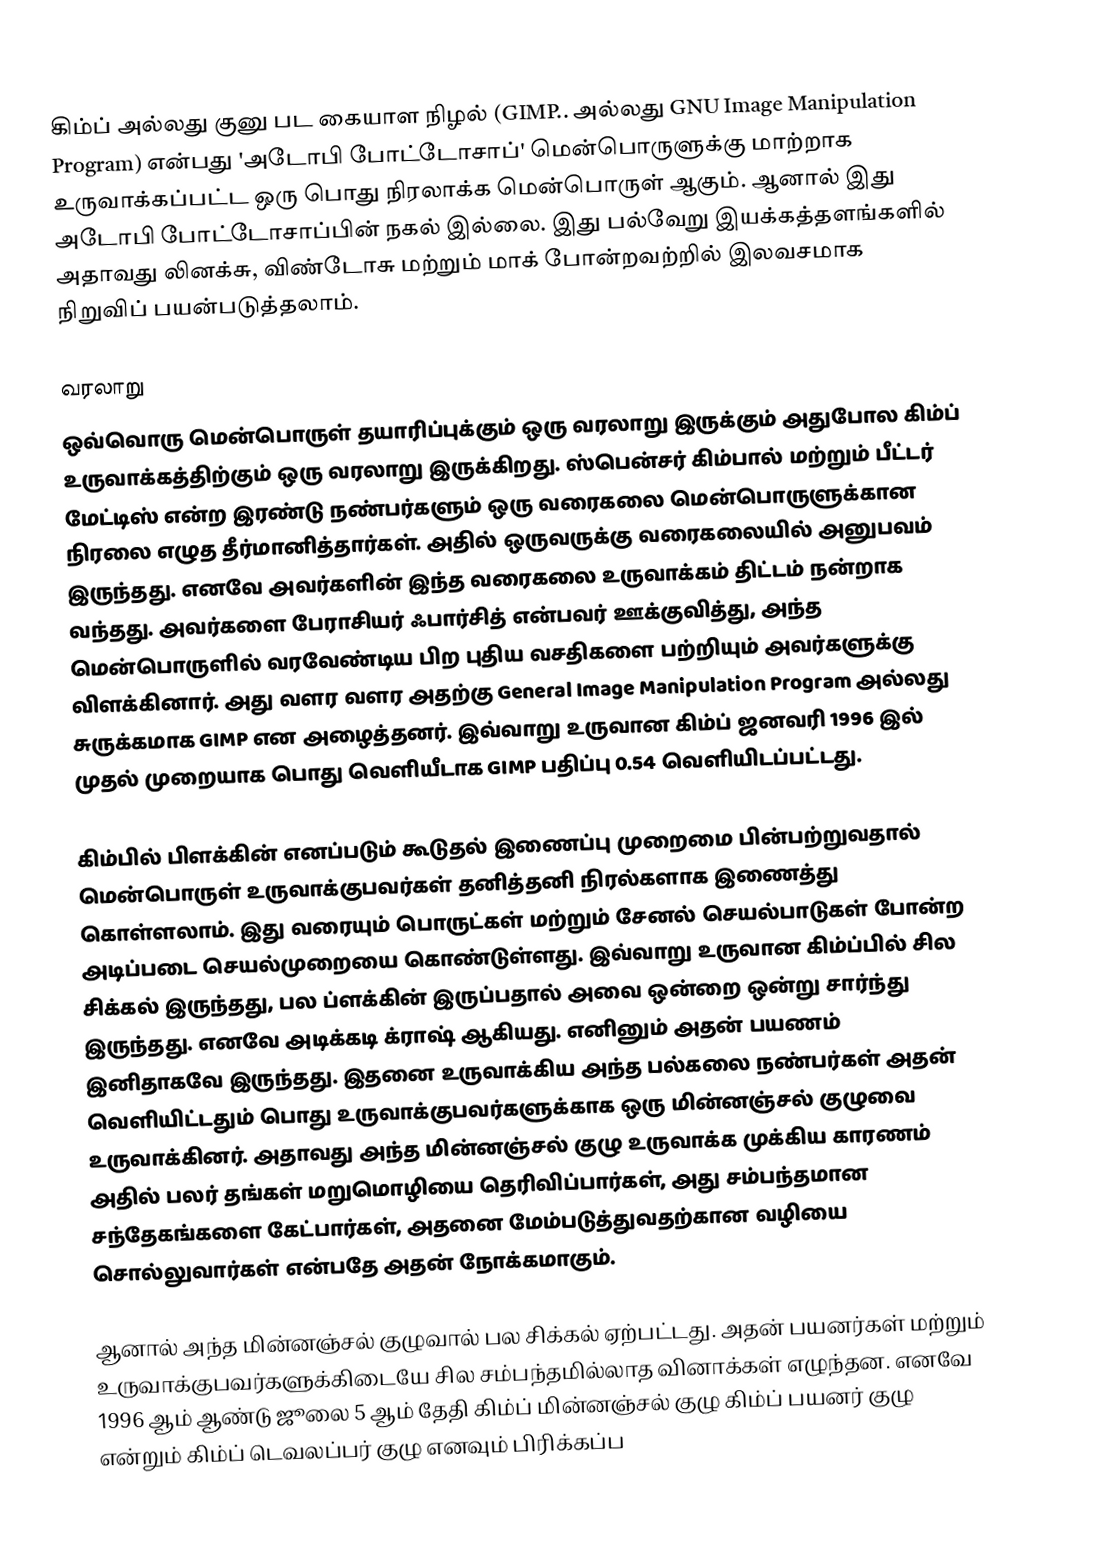
கிம்ப் அல்லது குனு பட கையாள நிழல் (GIMP.. அல்லது GNU Image Manipulation Program) என்பது 'அடோபி போட்டோசாப்' மென்பொருளுக்கு மாற்றாக உருவாக்கப்பட்ட ஒரு பொது நிரலாக்க மென்பொருள் ஆகும். ஆனால் இது அடோபி போட்டோசாப்பின் நகல் இல்லை. இது பல்வேறு இயக்கத்தளங்களில் அதாவது லினக்சு, விண்டோசு மற்றும் மாக் போன்றவற்றில் இலவசமாக நிறுவிப் பயன்படுத்தலாம்.

வரலாறு
ஒவ்வொரு மென்பொருள் தயாரிப்புக்கும் ஒரு வரலாறு இருக்கும் அதுபோல கிம்ப் உருவாக்கத்திற்கும் ஒரு வரலாறு இருக்கிறது. ஸ்பென்சர் கிம்பால் மற்றும் பீட்டர் மேட்டிஸ் என்ற இரண்டு நண்பர்களும் ஒரு வரைகலை மென்பொருளுக்கான நிரலை எழுத தீர்மானித்தார்கள். அதில் ஒருவருக்கு வரைகலையில் அனுபவம் இருந்தது. எனவே அவர்களின் இந்த வரைகலை உருவாக்கம் திட்டம் நன்றாக வந்தது. அவர்களை பேராசியர் ஃபார்சித் என்பவர் ஊக்குவித்து, அந்த மென்பொருளில் வரவேண்டிய பிற புதிய வசதிகளை பற்றியும் அவர்களுக்கு விளக்கினார். அது வளர வளர அதற்கு General Image Manipulation Program அல்லது சுருக்கமாக GIMP என அழைத்தனர். இவ்வாறு உருவான கிம்ப் ஜனவரி 1996 இல் முதல் முறையாக பொது வெளியீடாக GIMP பதிப்பு 0.54 வெளியிடப்பட்டது.

கிம்பில் பிளக்கின் எனப்படும் கூடுதல் இணைப்பு முறைமை பின்பற்றுவதால் மென்பொருள் உருவாக்குபவர்கள் தனித்தனி நிரல்களாக இணைத்து கொள்ளலாம். இது வரையும் பொருட்கள் மற்றும் சேனல் செயல்பாடுகள் போன்ற அடிப்படை செயல்முறையை கொண்டுள்ளது. இவ்வாறு உருவான கிம்ப்பில் சில சிக்கல் இருந்தது, பல ப்ளக்கின் இருப்பதால் அவை ஒன்றை ஒன்று சார்ந்து இருந்தது. எனவே அடிக்கடி க்ராஷ் ஆகியது. எனினும் அதன் பயணம் இனிதாகவே இருந்தது. இதனை உருவாக்கிய அந்த பல்கலை நண்பர்கள் அதன் வெளியிட்டதும் பொது உருவாக்குபவர்களுக்காக ஒரு மின்னஞ்சல் குழுவை உருவாக்கினர். அதாவது அந்த மின்னஞ்சல் குழு உருவாக்க முக்கிய காரணம் அதில் பலர் தங்கள் மறுமொழியை தெரிவிப்பார்கள், அது சம்பந்தமான சந்தேகங்களை கேட்பார்கள், அதனை மேம்படுத்துவதற்கான வழியை சொல்லுவார்கள் என்பதே அதன் நோக்கமாகும்.

ஆனால் அந்த மின்னஞ்சல் குழுவால் பல சிக்கல் ஏற்பட்டது. அதன் பயனர்கள் மற்றும் உருவாக்குபவர்களுக்கிடையே சில சம்பந்தமில்லாத வினாக்கள் எழுந்தன. எனவே 1996 ஆம் ஆண்டு ஜூலை 5 ஆம் தேதி கிம்ப் மின்னஞ்சல் குழு கிம்ப் பயனர் குழு என்றும் கிம்ப் டெவலப்பர் குழு எனவும் பிரிக்கப்ப